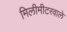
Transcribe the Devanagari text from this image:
मिलीमीटरवाले